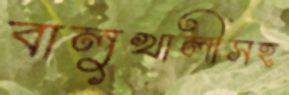
বালুখালীসহ